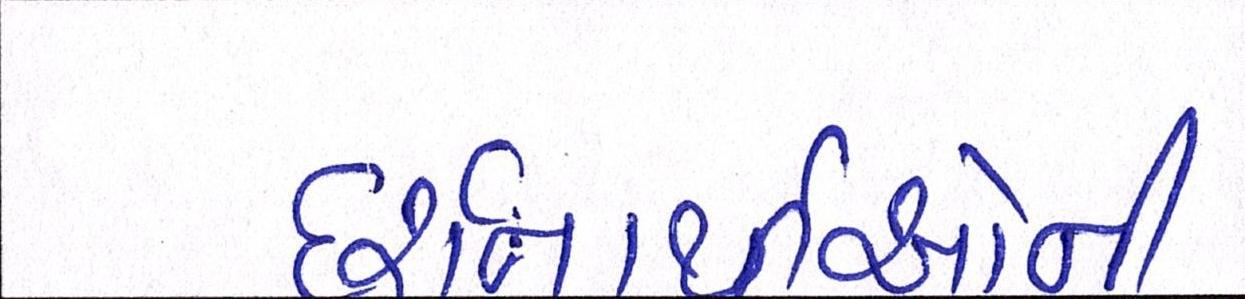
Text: દર્શનાર્થીઓની